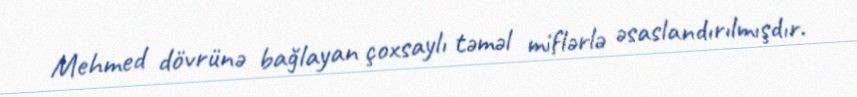
Mehmed dövrünə bağlayan çoxsaylı təməl miflərlə əsaslandırılmışdır.